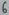
Text: 6